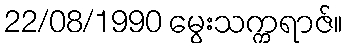
22/08/1990 မွေးသက္ကရာဇ်။